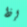
إذا